Report on vaccination in the Province of Bengal - 1874-1889
Year: 1874
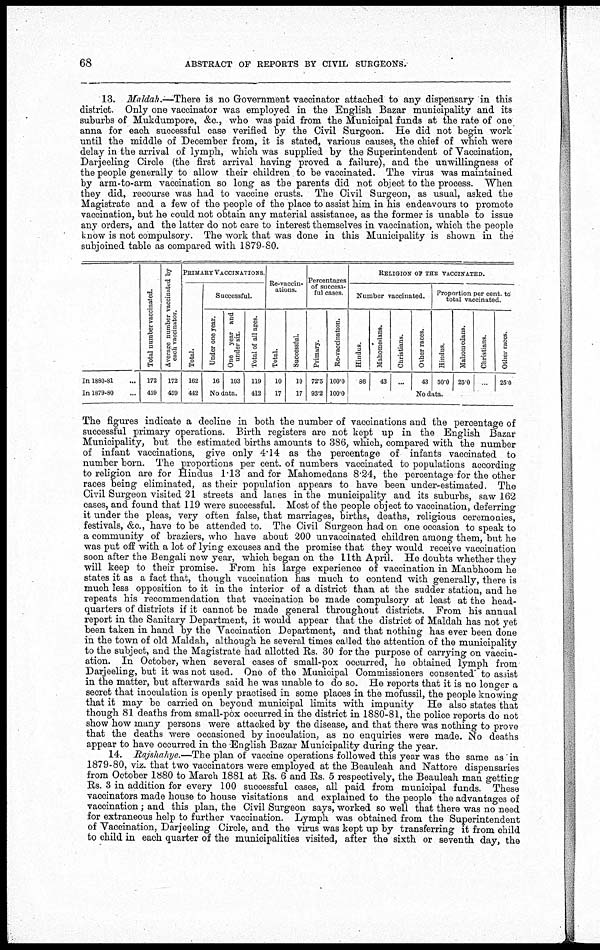
68
ABSTRACT OF REPORTS BY CIVIL SURGEONS.
13. Maldah.—There is no Government vaccinator attached to any dispensary in this
district. Only one vaccinator was employed in the English Bazar municipality and its
suburbs of Mukdumpore, &c., who was paid from the Municipal funds at the rate of one
anna for each successful case verified by the Civil Surgeon. He did not begin work
until the middle of December from, it is stated, various causes, the chief of which were
delay in the arrival of lymph, which was supplied by the Superintendent of Vaccination,
Darjeeling Circle (the first arrival having proved a failure), and the unwillingness of
the people generally to allow their children to be vaccinated. The virus was maintained
by arm-to-arm vaccination so long as the parents did not object to the process. When
they did, recourse was had to vaccine crusts. The Civil Surgeon, as usual, asked the
Magistrate and a few of the people of the place to assist him in his endeavours to promote
vaccination, but he could not obtain any material assistance, as the former is unable to issue
any orders, and the latter do not care to interest themselves in vaccination, which the people
know is not compulsory. The work that was done in this Municipality is shown in the
subjoined table as compared with 1879-80.
In 1880-81...
In 1879-80...
Total number vaccinated.
172
459
Average number vaccinated by
each vaccinator.
172
459
PRIMARY VACCINATIONS.
Total.
162
442
Successful.
Under one year.
16
One year and
under six.
103
No data.
Total of all ages.
119
412
Re-vaccin-
ations.
Total.
10
17
Successful.
10
17
Percentages
of success-
ful cases.
Primary.
72.5
93.2
Re-vaccination.
100.0
100.0
RELIGION OF THE VACCINATED.
Number vaccinated.
Hindus.
86
Mahomedans.
43
Christians.
...
Other races.
43
Proportion per cent. to
total vaccinated.
Hindus.
50.0
Mahomedans.
25.0
Christians.
...
Other races.
250
No data.
The figures indicate a decline in both the number of vaccinations and the percentage of
successful primary operations. Birth registers are not kept up in the English Bazar
Municipality, but the estimated births amounts to 386, which, compared with the number
of infant vaccinations, give only 4.14 as the percentage of infants vaccinated to
number born. The proportions per cent. of numbers vaccinated to populations according
to religion are for Hindus 1.13 and for Mahomedans 8.24, the percentage for the other
races being eliminated, as their population appears to have been under-estimated. The
Civil Surgeon visited 21 streets and lanes in the municipality and its suburbs, saw 162
cases, and found that 119 were successful. Most of the people object to vaccination, deferring
it under the pleas, very often false, that marriages, births, deaths, religious ceremonies,
festivals, &c., have to be attended to. The Civil Surgeon had on one occasion to speak to
a community of braziers, who have about 200 unvaccinated children among them, but he
was put off with a lot of lying excuses and the promise that they would receive vaccination
soon after the Bengali new year, which began on the 11th April. He doubts whether they
will keep to their promise. From his large experience of vaccination in Manbhoom he
states it as a fact that, though vaccination has much to contend with generally, there is
much less opposition to it in the interior of a district than at the sudder station, and he
repeats his recommendation that vaccination be made compulsory at least at the head-
quarters of districts if it cannot be made general throughout districts. From his annual
report in the Sanitary Department, it would appear that the district of Maldah has not yet
been taken in hand by the Vaccination Department, and that nothing has ever been done
in the town of old Maldah, although he several times called the attention of the municipality
to the subject, and the Magistrate had allotted Rs. 30 for the purpose of carrying on vaccin-
ation. In October, when several cases of small-pox occurred, he obtained lymph from
Darjeeling, but it was not used. One of the Municipal Commissioners consented to assist
in the matter, but afterwards said he was unable to do so. He reports that it is no longer a
secret that inoculation is openly practised in some places in the mofussil, the people knowing
that it may be carried on beyond municipal limits with impunity He also states that
though 81 deaths from small-pox occurred in the district in 1880-81, the police reports do not
show how many persons were attacked by the disease, and that there was nothing to prove
that the deaths were occasioned by inoculation, as no enquiries were made. No deaths
appear to have occurred in the English Bazar Municipality during the year.
14. Rajshahye.—The plan of vaccine operations followed this year was the same as in
1879-80, viz. that two vaccinators were employed at the Beauleah and Nattore dispensaries
from October 1880 to March 1881 at Rs. 6 and Rs. 5 respectively, the Beauleah man getting
Rs. 3 in addition for every 100 successful cases, all paid from municipal funds. These
vaccinators made house to house visitations and explained to the people the advantages of
vaccination ; and this plan, the Civil Surgeon says, worked so well that there was no need
for extraneous help to further vaccination. Lymph was obtained from the Superintendent
of Vaccination, Darjeeling Circle, and the virus was kept up by transferring it from child
to child in each quarter of the municipalities visited, after the sixth or seventh day, the